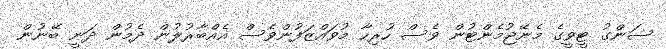
ސަންގު ޓީވީގެ މެނޭޖުމެންޓުން ވެސް ހުރިހާ މުވައްޒަފުންވެސް އެއްބާރުލުން ދެމުން ދަނީ ބޭނުން